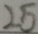
2 5